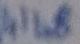
Text: 4148